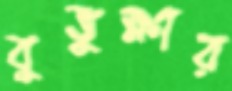
বুভুক্ষার